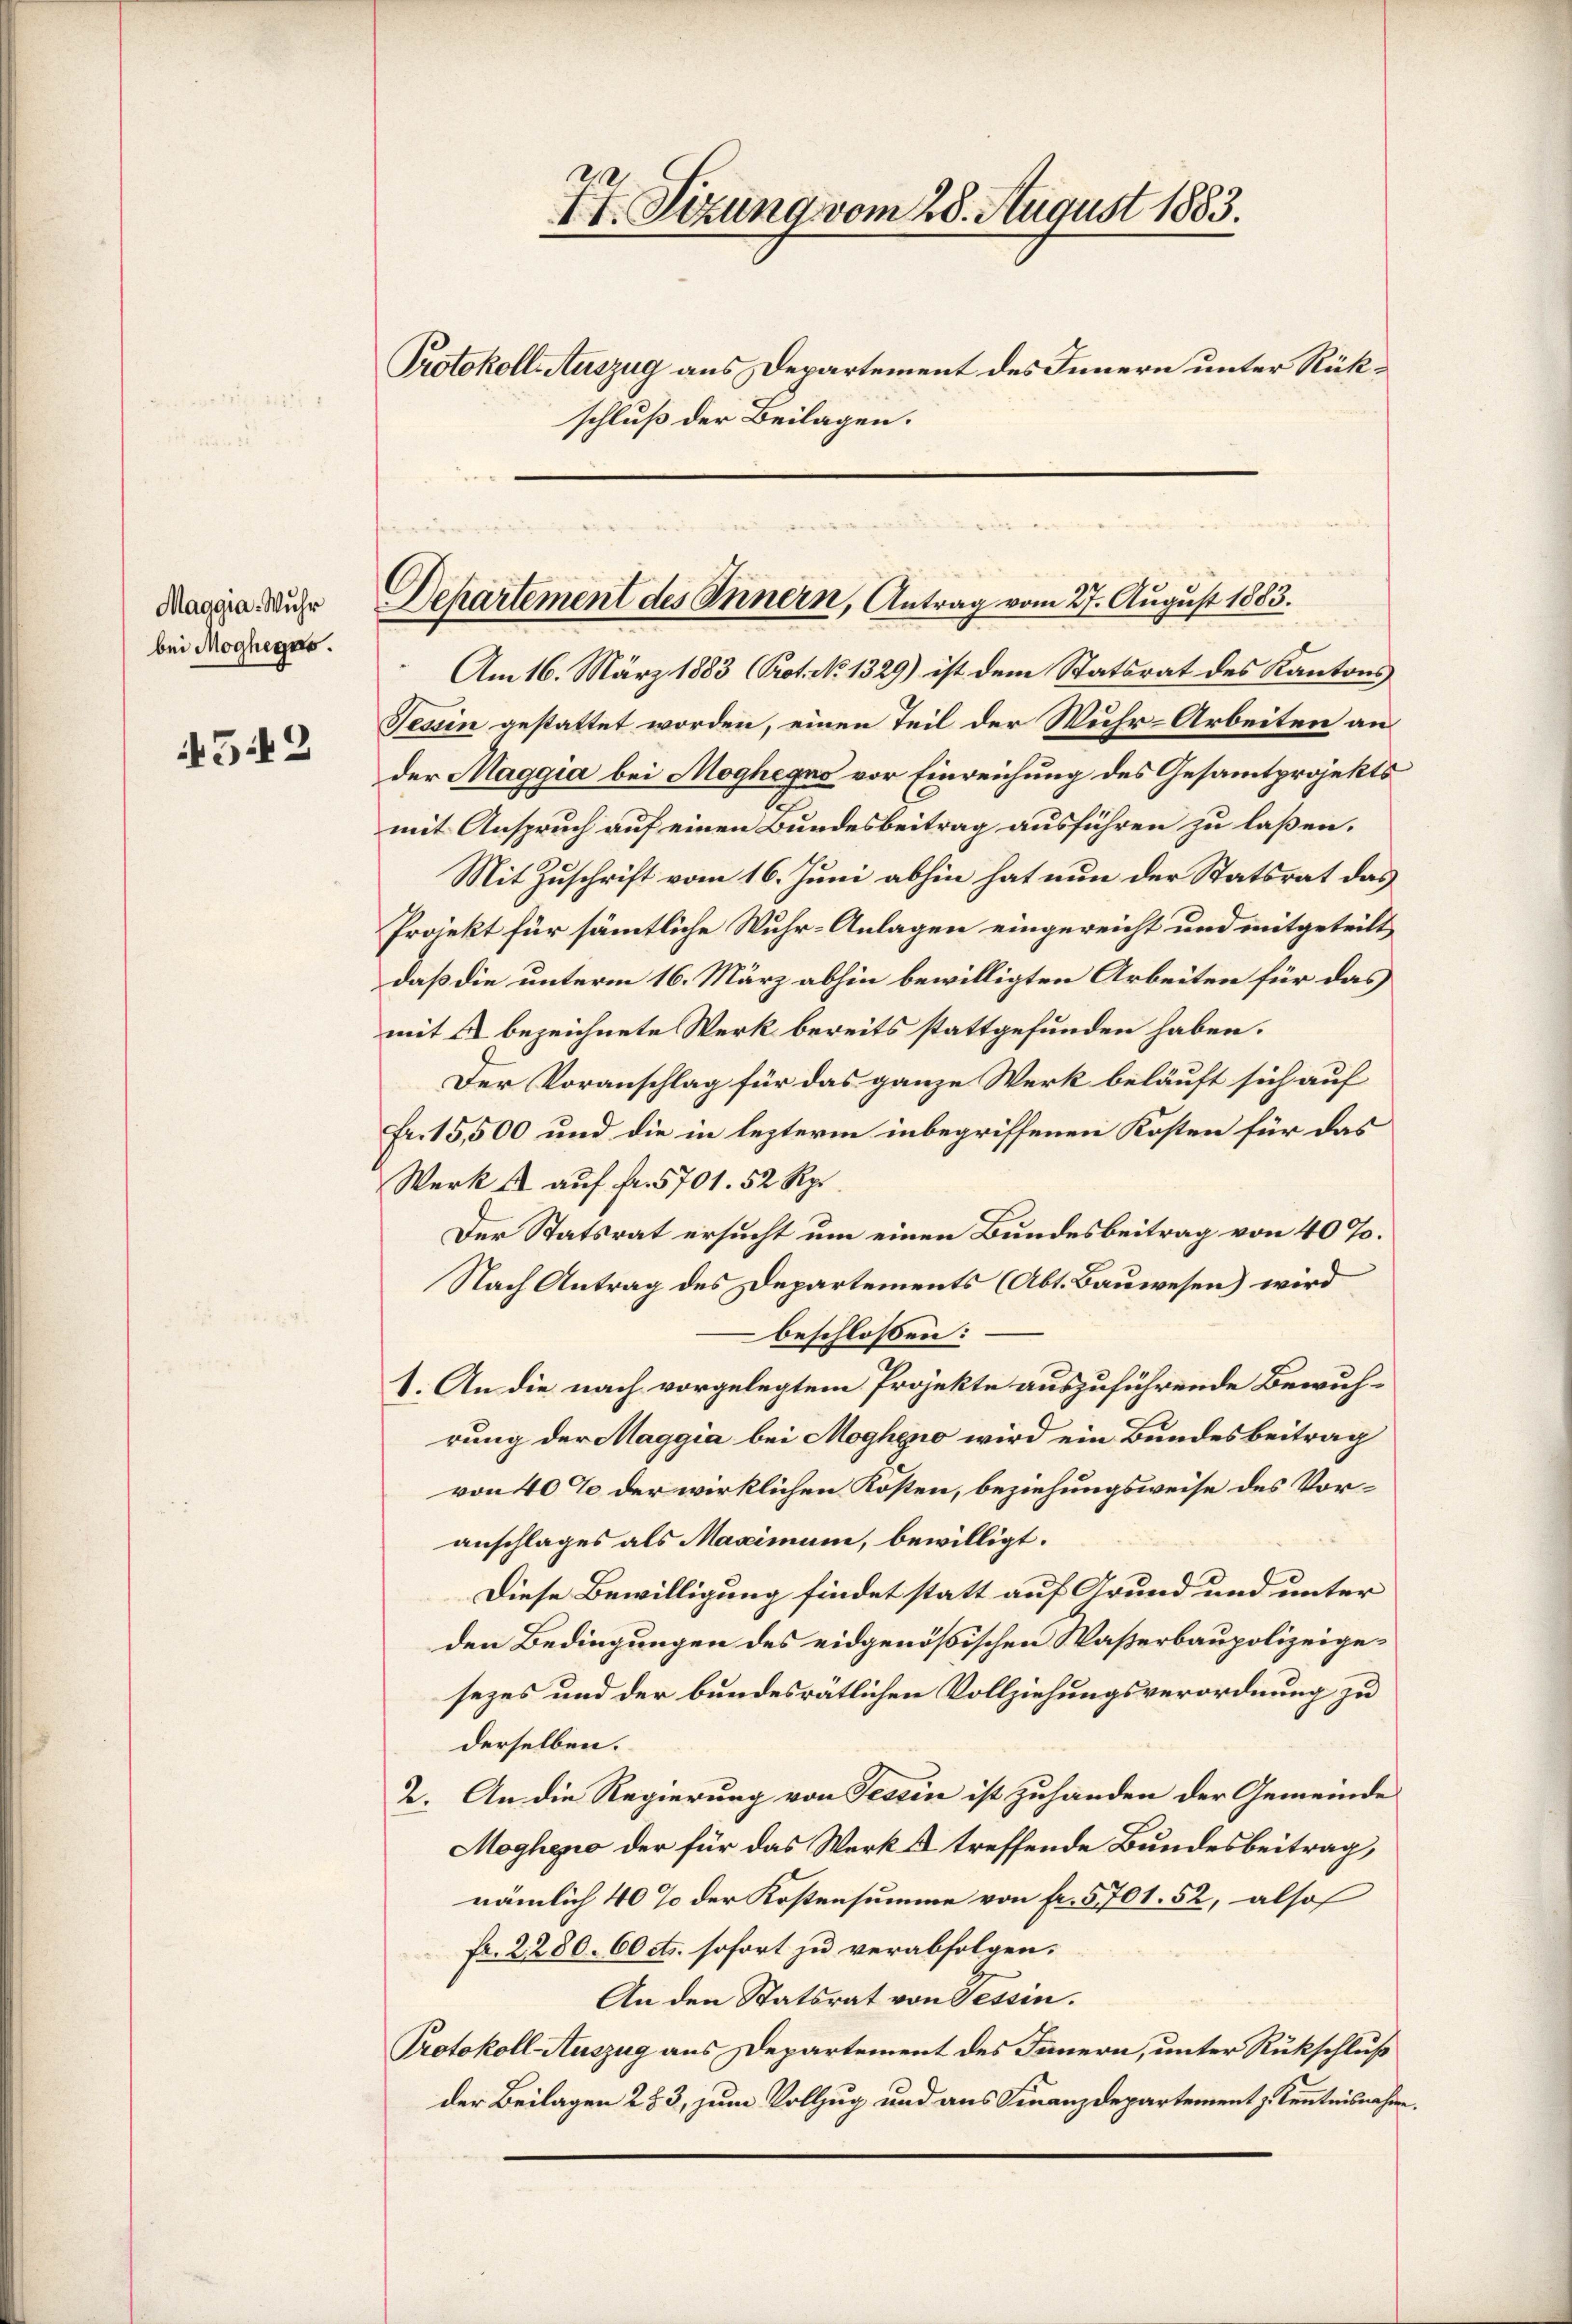
Maggia- Wuhr
bei Mogheges.

452

Protokoll-Auszug aus Departement des Innern unter Rükschluß der Beilagen.

Departement des Innern, Antrag vom 27. August 1883.

S
17. Sizung vom 28. August 1883.

Am 16. März 1883 (Prot. No 1329) ist dem Statsrat des Kantons
Tessin gestattet worden, einen Teil der Wuhr-Arbeiten an
der Maggia bei Moghegno vor Einreichung des Gesamtprojekts
2
mit Anspruch auf einen Bundesbeitrag ausführen zu laßen.
Mit Zuschrift vom 16. Juni abhin hat nun der Statsrat das
Projekt für sämmtliche Wuhr-Anlagen eingereicht und mitgeteilt
daß die unterm 16. März abhin bewilligten Arbeiten für das
mit 2 bezeichnete Werk bereits stattgefunden haben.
Der Voranschlag für das ganze Werk beläuft sich auf
Fr. 15,500 und die in lezterm inbegriffenen Kosten für das
Werk u. auf Fr. 5701. 52 Rp.
Der Statsrat ersucht um einen Bundesbeitrag von 40 %.
Nach Antrag des Departements (Abt. Bauwesen) wird
beschlossen:
1. An die nach vorgelegtem Projekte auszuführende Bewuhrung der Maggia bei Mogheno wird ein Bundesbeitrag
von 40% der wirklichen Kosten, beziehungsweise des Voranschlages als Maximum, bewilligt.
Diese Bewilligung findet statt auf Grund und unter
den Bedingungen des eidgenößischen Waßerbaupolizeigesezes und der bundesratlichen Vollziehungsverordnung zu
derselben.
2. An die Regierung von Tessin ist zuhanden der Gemeinde
Mogheno der für das Werk & treffende Bundesbeitrag,
nämlich 40 % der Kostensumme von fr. 5701. 52, also
fr. 2280. 60 cts. sofort zu verabfolgen.
An den Statsrat von Tessin.
Protokoll- Auszug aus Departement des Innern, unter Rückschluß
der Beilagen 283, zum Vollzug und aus Finanzdepartement zu Kenntnisnahm.